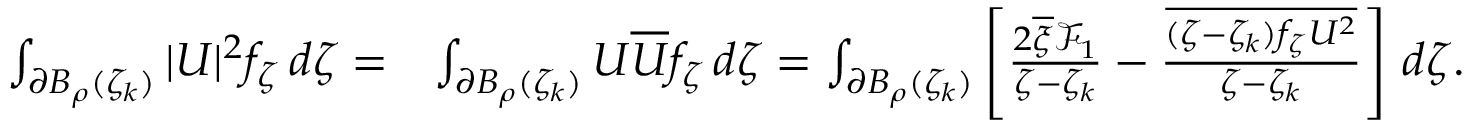
\begin{array} { r l } { \int _ { \partial B _ { \rho } ( \zeta _ { k } ) } | U | ^ { 2 } f _ { \zeta } \, d \zeta = } & { \int _ { \partial B _ { \rho } ( \zeta _ { k } ) } U \overline { U } f _ { \zeta } \, d \zeta = \int _ { \partial B _ { \rho } ( \zeta _ { k } ) } \left[ \frac { 2 \overline { \xi } \mathcal { F } _ { 1 } } { \zeta - \zeta _ { k } } - \frac { \overline { { ( \zeta - \zeta _ { k } ) f _ { \zeta } U ^ { 2 } } } } { \zeta - \zeta _ { k } } \right] \, d \zeta . } \end{array}